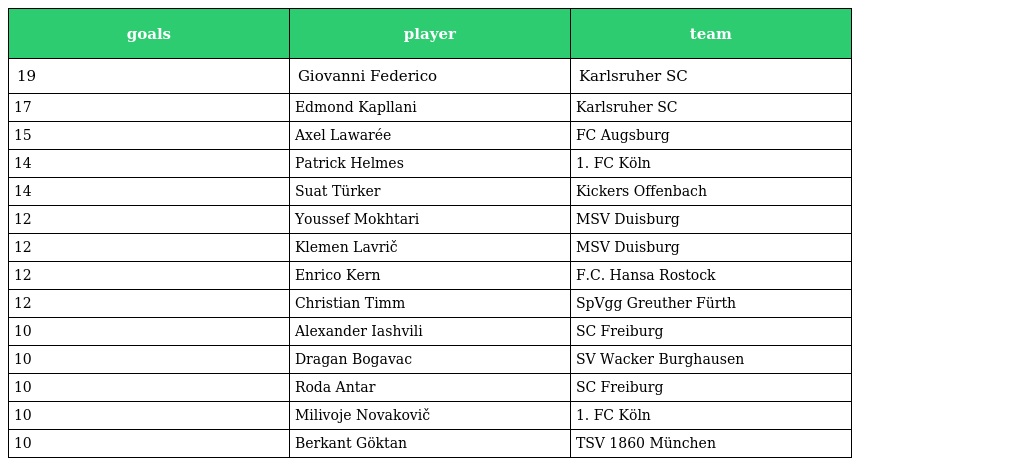
| goals | player | team |
 | --- | --- | --- |
 | 19 | Giovanni Federico | Karlsruher SC |
 | 17 | Edmond Kapllani | Karlsruher SC |
 | 15 | Axel Lawarée | FC Augsburg |
 | 14 | Patrick Helmes | 1. FC Köln |
 | 14 | Suat Türker | Kickers Offenbach |
 | 12 | Youssef Mokhtari | MSV Duisburg |
 | 12 | Klemen Lavrič | MSV Duisburg |
 | 12 | Enrico Kern | F.C. Hansa Rostock |
 | 12 | Christian Timm | SpVgg Greuther Fürth |
 | 10 | Alexander Iashvili | SC Freiburg |
 | 10 | Dragan Bogavac | SV Wacker Burghausen |
 | 10 | Roda Antar | SC Freiburg |
 | 10 | Milivoje Novakovič | 1. FC Köln |
 | 10 | Berkant Göktan | TSV 1860 München |